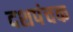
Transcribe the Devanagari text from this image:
दशपंचक